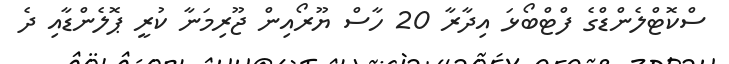
ސްކޮޓްލެންޑްގެ ފްޓްބޯޅަ އިދާރާ 20 ހާސް ޔޫރޯއިން ޖޫރިމަނާ ކުރީ ޕޮލެންޑާއި ދެ